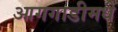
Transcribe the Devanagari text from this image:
आगगाडीमधे